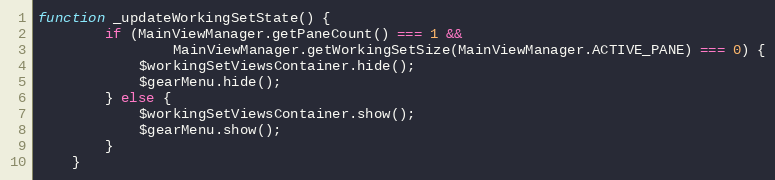
Language: JavaScript
function _updateWorkingSetState() {
        if (MainViewManager.getPaneCount() === 1 &&
                MainViewManager.getWorkingSetSize(MainViewManager.ACTIVE_PANE) === 0) {
            $workingSetViewsContainer.hide();
            $gearMenu.hide();
        } else {
            $workingSetViewsContainer.show();
            $gearMenu.show();
        }
    }